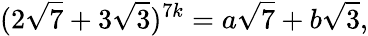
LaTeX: (2{\sqrt{7}}+3{\sqrt{3}})^{7k}=a{\sqrt{7}}+b{\sqrt{3}},